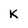
Character: K